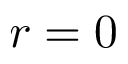
r = 0